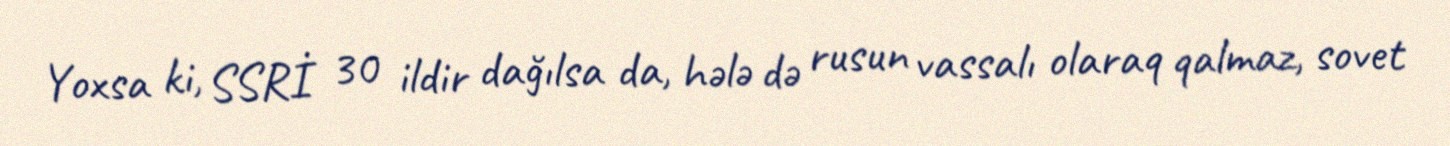
Yoxsa ki, SSRİ 30 ildir dağılsa da, hələ də rusun vassalı olaraq qalmaz, sovet